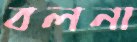
বলনা